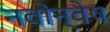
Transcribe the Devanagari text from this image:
नवोन्वेष